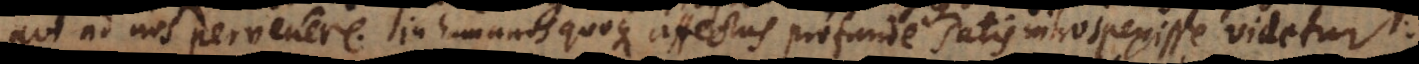
qui ad nos pervenere. In humanos quoque affectus profunde satis introspexisse videtur.